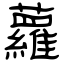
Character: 蘿